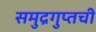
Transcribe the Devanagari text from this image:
समुद्रगुप्तची